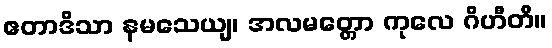
ဧတာဒိသာ နမသေယျ၊ အလမတ္တော ကုလေ ဂိဟီတိ။